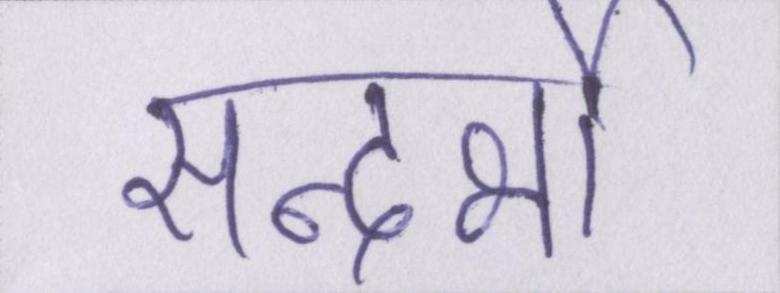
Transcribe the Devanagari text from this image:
सन्दर्भो